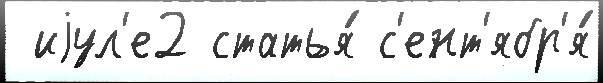
 иjул'е2 статья́ с'ент'ябр'я́